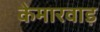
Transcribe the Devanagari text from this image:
केमारवाड़